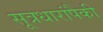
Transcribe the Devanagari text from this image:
सूत्रधारांपैकी